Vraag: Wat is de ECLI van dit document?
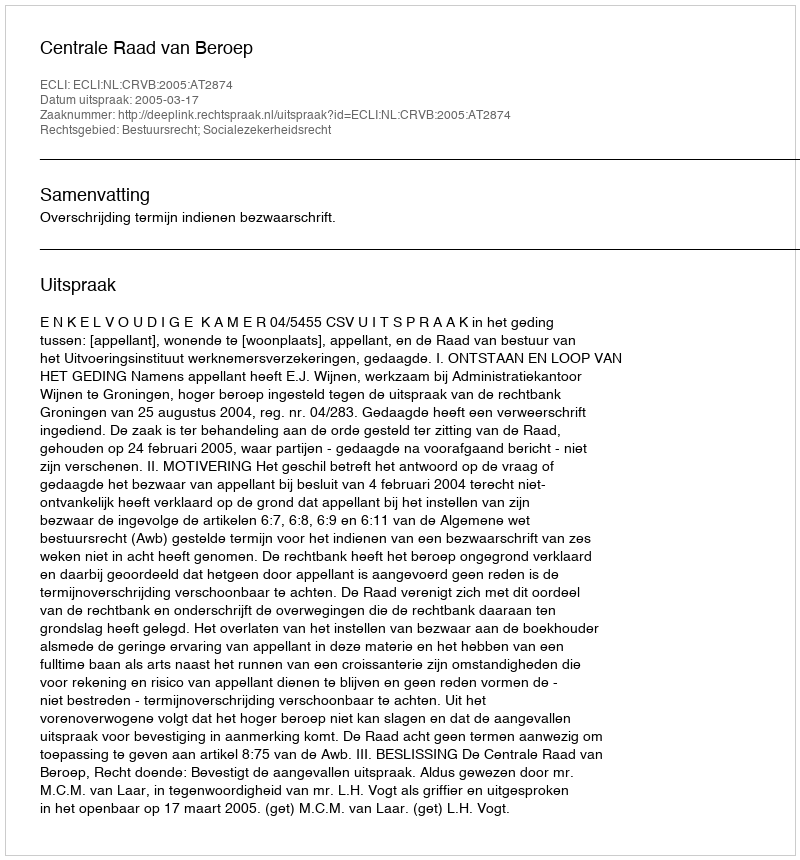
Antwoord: ECLI:NL:CRVB:2005:AT2874